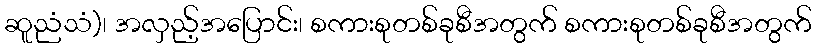
ဆူညံသံ)၊ အလှည့်အပြောင်း၊ စကားစုတစ်ခုစီအတွက် စကားစုတစ်ခုစီအတွက်